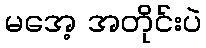
မအေ့ အတိုင်းပဲ